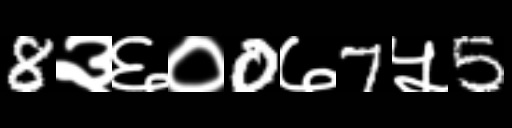
Text: 8३६०0७7५5